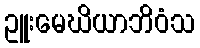
ဥူးမေဃိယာဘိဝံသ